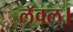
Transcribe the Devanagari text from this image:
लॅवल।